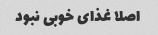
اصلا غذای خوبی نبود